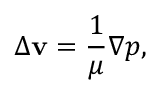
\Delta { \bf v } = \frac { 1 } { \mu } \nabla p ,